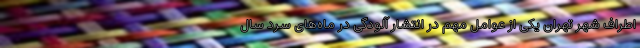
اطراف شهر تهران یکی از عوامل مهم در انتشار آلودگی در ماه‌های سرد سال